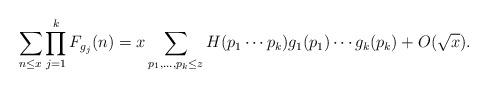
LaTeX: \begin{align*}\sum_{n \leq x} \prod_{j=1}^k F_{g_j}(n) = x \sum_{p_1,\dots,p_k \leq z} H(p_1\cdots p_k) g_1(p_1) \cdots g_k(p_k) + O(\sqrt x).\end{align*}